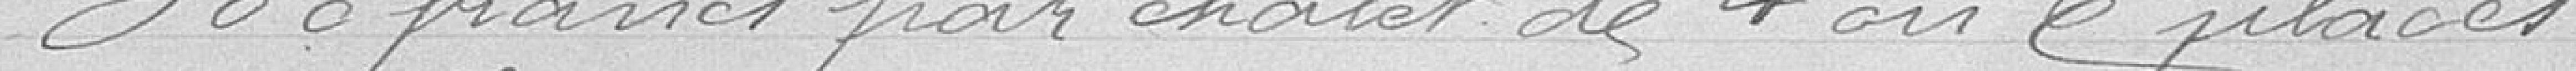
300 francs par chalet dde 4 ou 6 places.